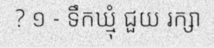
? ១ - ទឹកឃ្មុំ ជួយ រក្សា